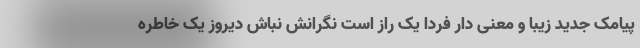
پیامک جدید زیبا و معنی دار فردا یک راز است نگرانش نباش دیروز یک خاطره